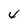
Character: 4